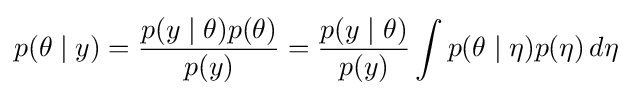
p(\theta \mid y)={\frac {p(y\mid \theta )p(\theta )}{p(y)}}={\frac {p(y\mid \theta )}{p(y)}}\int p(\theta \mid \eta )p(\eta )\,d\eta